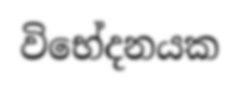
විභේදනයක